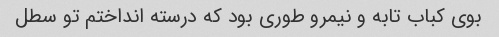
بوی کباب تابه و نیمرو طوری بود که درسته انداختم تو سطل